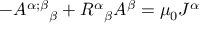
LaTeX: - { A ^ { \alpha ; \beta } } _ { \beta } + { R ^ { \alpha } } _ { \beta } A ^ { \beta } = \mu _ { 0 } J ^ { \alpha }